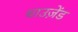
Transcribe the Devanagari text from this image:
थाउज़ेंड